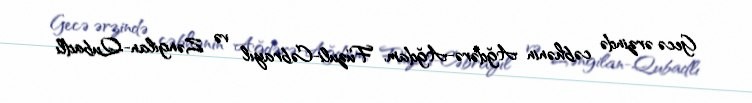
Gecə ərzində cəbhənin Ağdərə-Ağdam, Füzuli-Cəbrayıl və Zəngilan-Qubadlı